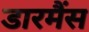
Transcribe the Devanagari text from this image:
डारमैंस